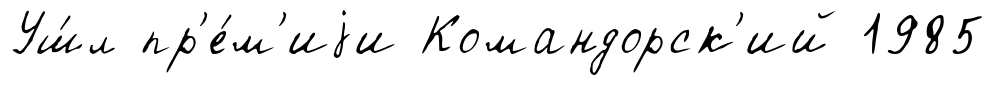
Уш́л пр'е́м'иjи Командорск'ий 1985